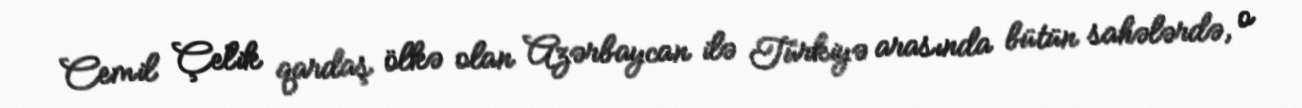
Cemil Çelik qardaş ölkə olan Azərbaycan ilə Türkiyə arasında bütün sahələrdə, o